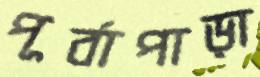
পূর্বাপাড়া